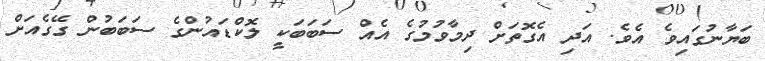
ބަޔާނުގައިވެ އެވެ. އަދި އެގޮތަށް ދިމާވުމުގެ އެއް ސަބަބަކީ ލޮކްޑައުންގެ ސަބަބުން ގޭގެއަށް